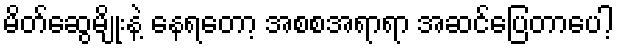
မိတ်ဆွေမျိုးနဲ့ နေရတော့ အစစအရာရာ အဆင်ပြေတာပေါ့